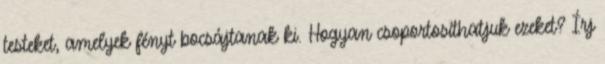
testeket, amelyek fényt bocsájtanak ki. Hogyan csoportosíthatjuk ezeket? Írj